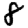
Digit: 8